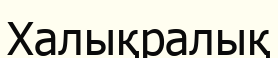
Халықралық